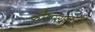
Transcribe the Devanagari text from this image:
कौशल्यांवरही